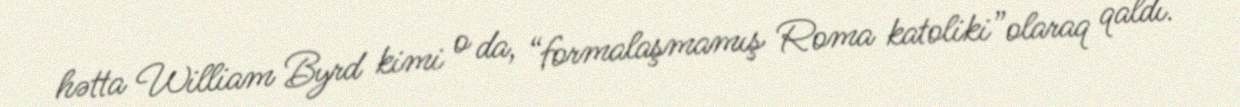
hətta William Byrd kimi o da, “formalaşmamış Roma katoliki”olaraq qaldı.